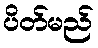
ပိတ်မည်